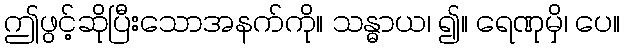
ဤဖွင့်ဆိုပြီးသောအနက်ကို။ သန္ဓာယ၊ ၍။ ရေဏုမှိ၊ ပေ။